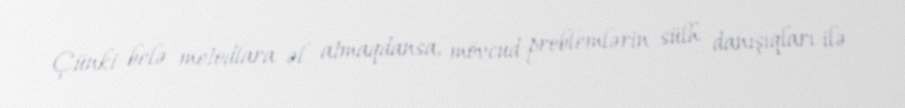
Çünki belə metodlara əl atmaqdansa, mövcud problemlərin sülh danışıqları ilə